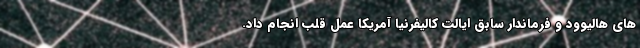
های هالیوود و فرماندار سابق ایالت کالیفرنیا آمریکا عمل قلب انجام داد.